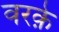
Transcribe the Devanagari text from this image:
वरक़े